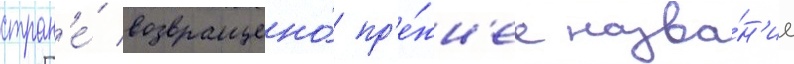
стран'е́ возвращено́ пр'е́жн'ее назва́н'ие